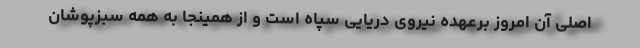
اصلی آن امروز برعهده نیروی دریایی سپاه است و از همینجا به همه سبزپوشان